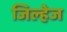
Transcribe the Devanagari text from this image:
जिल्हेज